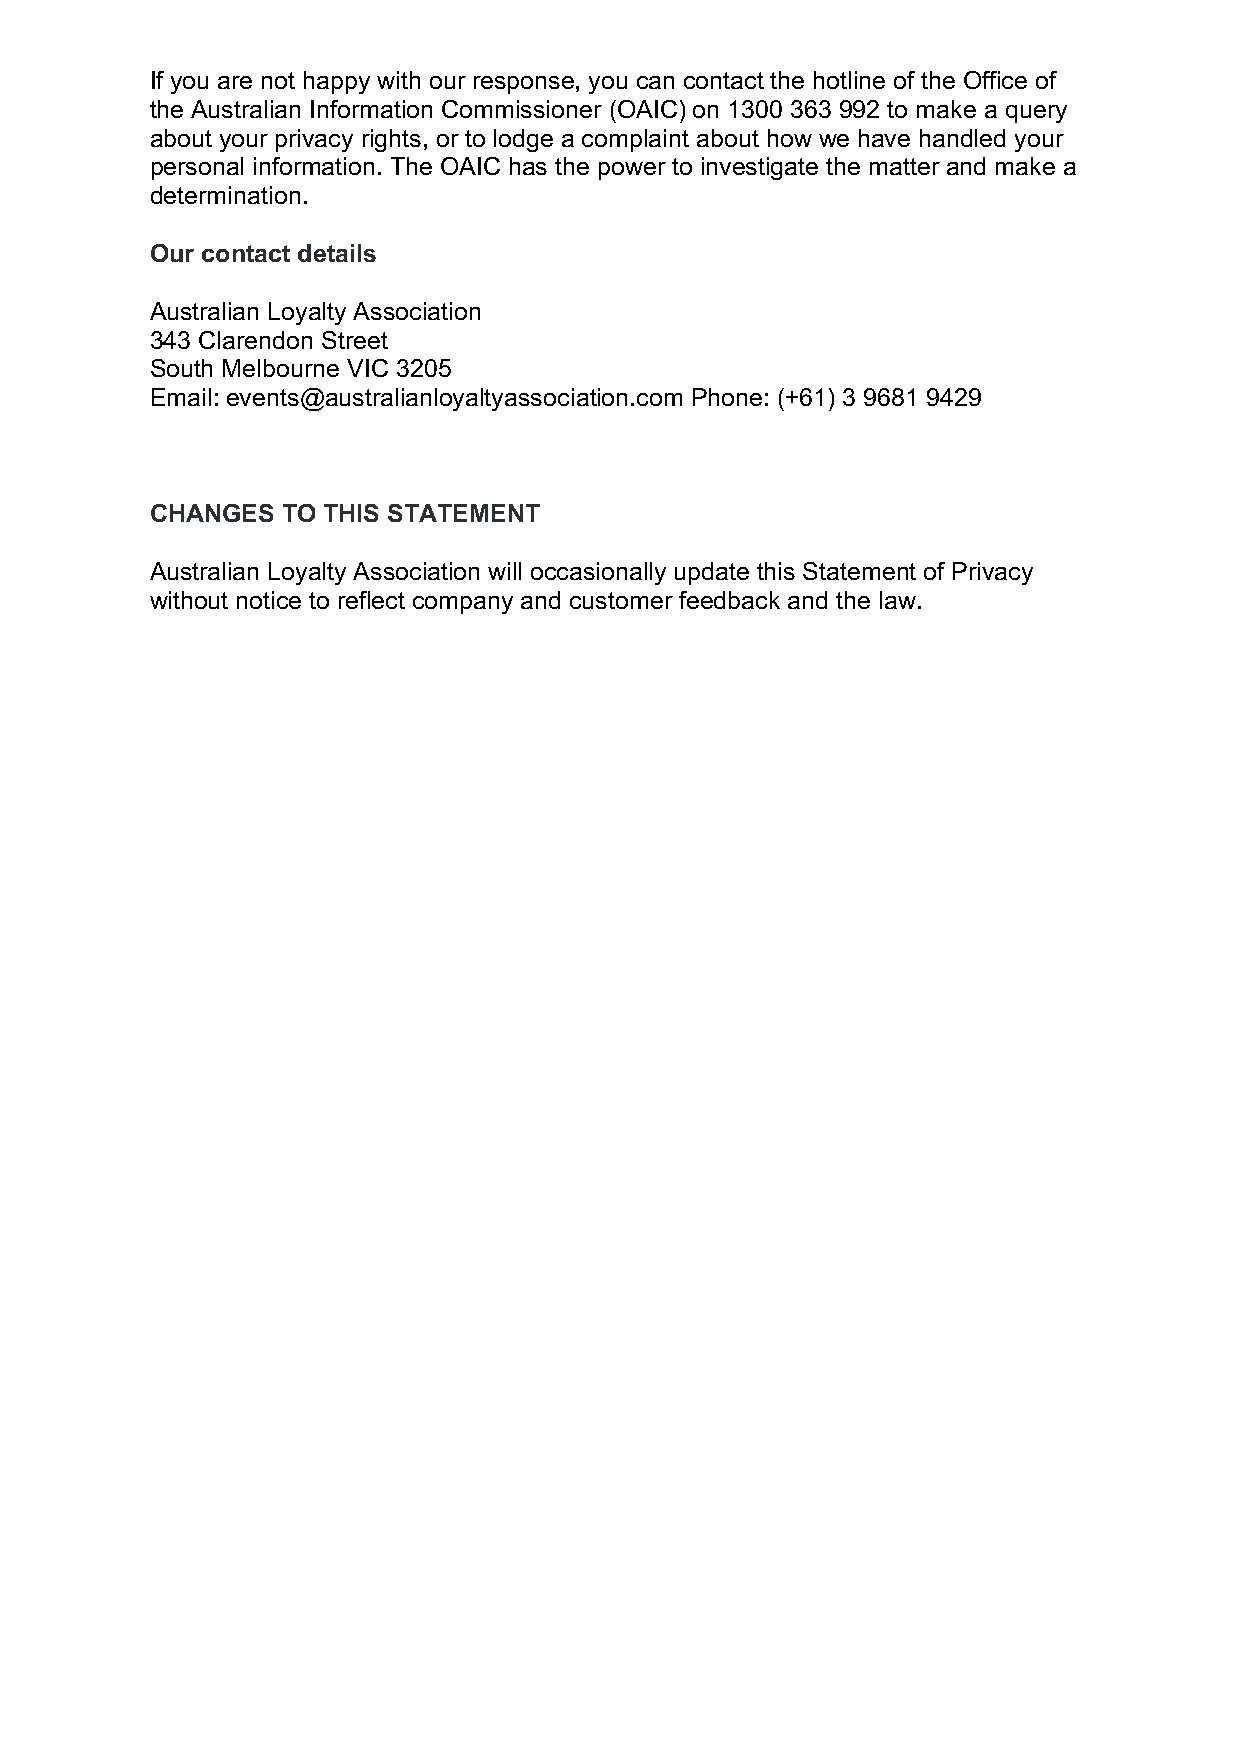
If you are not happy with our response, you can contact the hotline of the Office of
 the Australian Information Commissioner (OAIC) on 1300 363 992 to make a query
 about your privacy rights, or to lodge a complaint about how we have handled your
 personal information. The OAIC has the power to investigate the matter and make a
 determination.
 Our contact details
 Australian Loyalty Association
 343 Clarendon Street
 South Melbourne VIC 3205
 Email: events@australianloyaltyassociation.com Phone: (+61) 3 9681 9429
 CHANGES  TO THIS STATEMENT
 Australian Loyalty Association will occasionally update this Statement of Privacy
 without notice to reflect company and customer feedback and the law.